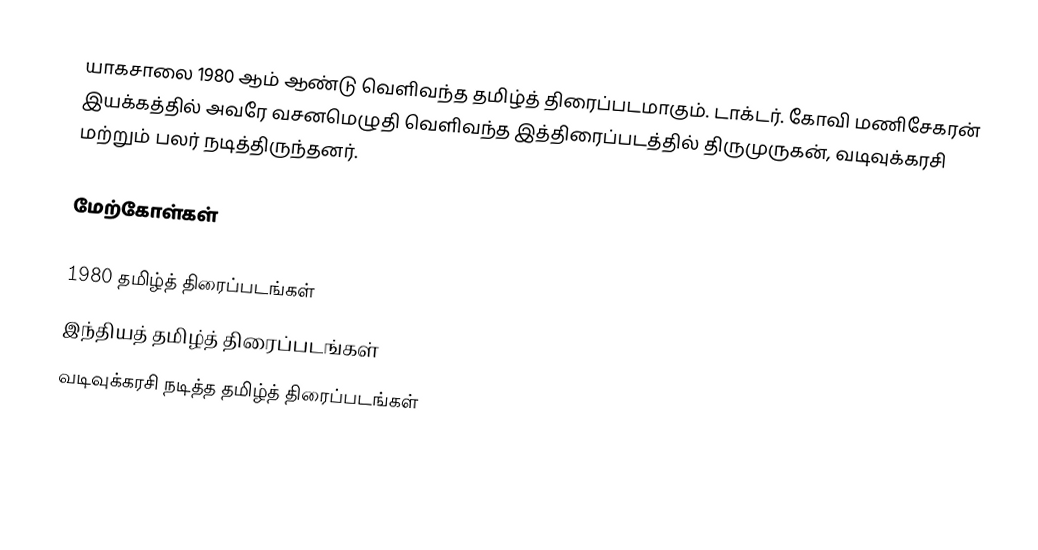
யாகசாலை 1980 ஆம் ஆண்டு வெளிவந்த தமிழ்த் திரைப்படமாகும். டாக்டர். கோவி மணிசேகரன் இயக்கத்தில் அவரே வசனமெழுதி வெளிவந்த இத்திரைப்படத்தில் திருமுருகன், வடிவுக்கரசி மற்றும் பலர் நடித்திருந்தனர்.

மேற்கோள்கள்

1980 தமிழ்த் திரைப்படங்கள்
இந்தியத் தமிழ்த் திரைப்படங்கள்
வடிவுக்கரசி நடித்த தமிழ்த் திரைப்படங்கள்